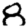
Digit: 8